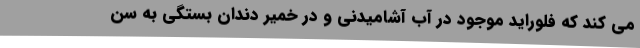
می کند که فلوراید موجود در آب آشامیدنی و در خمیر دندان بستگی به سن